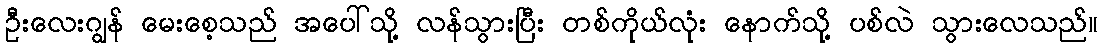
ဦးလေးဂျွန် မေးစေ့သည် အပေါ်သို့ လန်သွားပြီး တစ်ကိုယ်လုံး နောက်သို့ ပစ်လဲ သွားလေသည်။